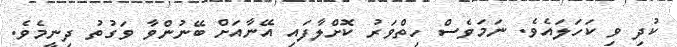
ކުދި ވި ކަހަަލައެވެ. ނަމަވެސް ހިތްވަރު ކޮށްލާފައި އޭނާއަށް ބޭނުންވާ ވަގުތު ދިނީމެވެ.